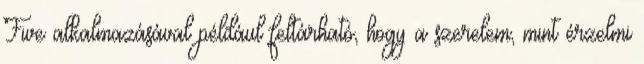
Five alkalmazásával például feltárható, hogy a szerelem, mint érzelmi